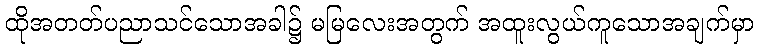
ထိုအတတ်ပညာသင်သောအခါ၌ မမြလေးအတွက် အထူးလွယ်ကူသောအချက်မှာ